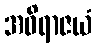
အဝိရာဇယံ